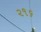
૨૧૬